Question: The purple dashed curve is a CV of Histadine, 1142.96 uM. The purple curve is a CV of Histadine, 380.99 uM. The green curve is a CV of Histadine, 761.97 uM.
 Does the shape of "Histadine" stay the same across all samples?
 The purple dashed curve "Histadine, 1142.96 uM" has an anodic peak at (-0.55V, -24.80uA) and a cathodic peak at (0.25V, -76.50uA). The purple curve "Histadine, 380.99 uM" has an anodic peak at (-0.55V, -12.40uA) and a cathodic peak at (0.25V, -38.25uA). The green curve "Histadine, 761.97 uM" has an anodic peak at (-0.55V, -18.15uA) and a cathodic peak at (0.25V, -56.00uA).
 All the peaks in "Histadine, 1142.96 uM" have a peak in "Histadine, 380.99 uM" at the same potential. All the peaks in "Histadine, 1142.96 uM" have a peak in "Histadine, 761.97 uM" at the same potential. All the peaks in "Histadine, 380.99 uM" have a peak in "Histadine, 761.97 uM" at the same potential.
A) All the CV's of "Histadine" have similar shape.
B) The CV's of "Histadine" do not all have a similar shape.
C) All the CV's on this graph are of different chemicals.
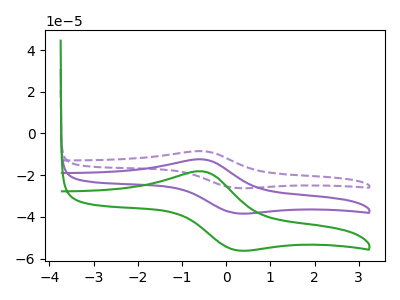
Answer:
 <answer>A) All the CV's of "Histadine" have similar shape.</answer>
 <eval>A</eval>